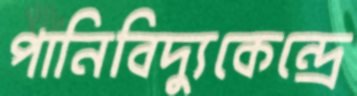
পানিবিদ্যুকেন্দ্রে